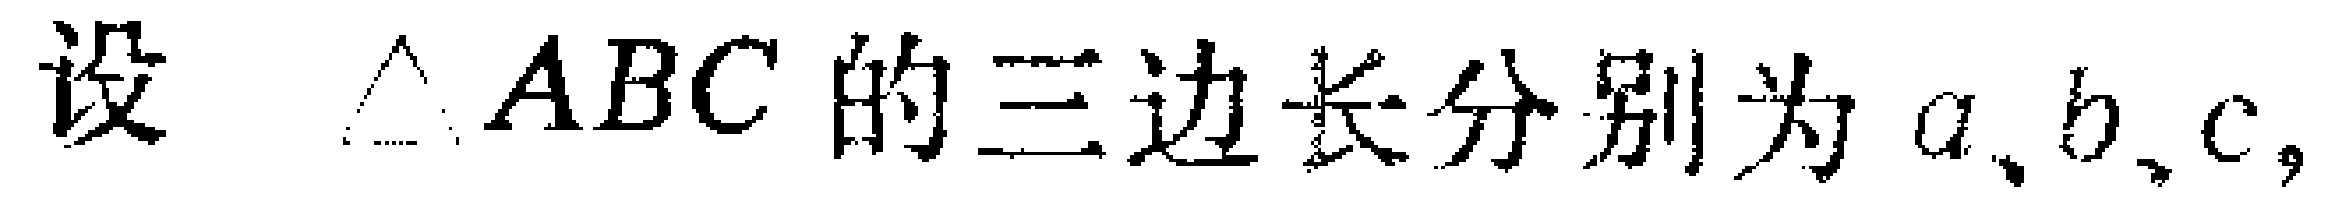
设 $\triangle ABC$ 的三边长分别为 $a、b、c，$